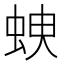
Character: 𧊠